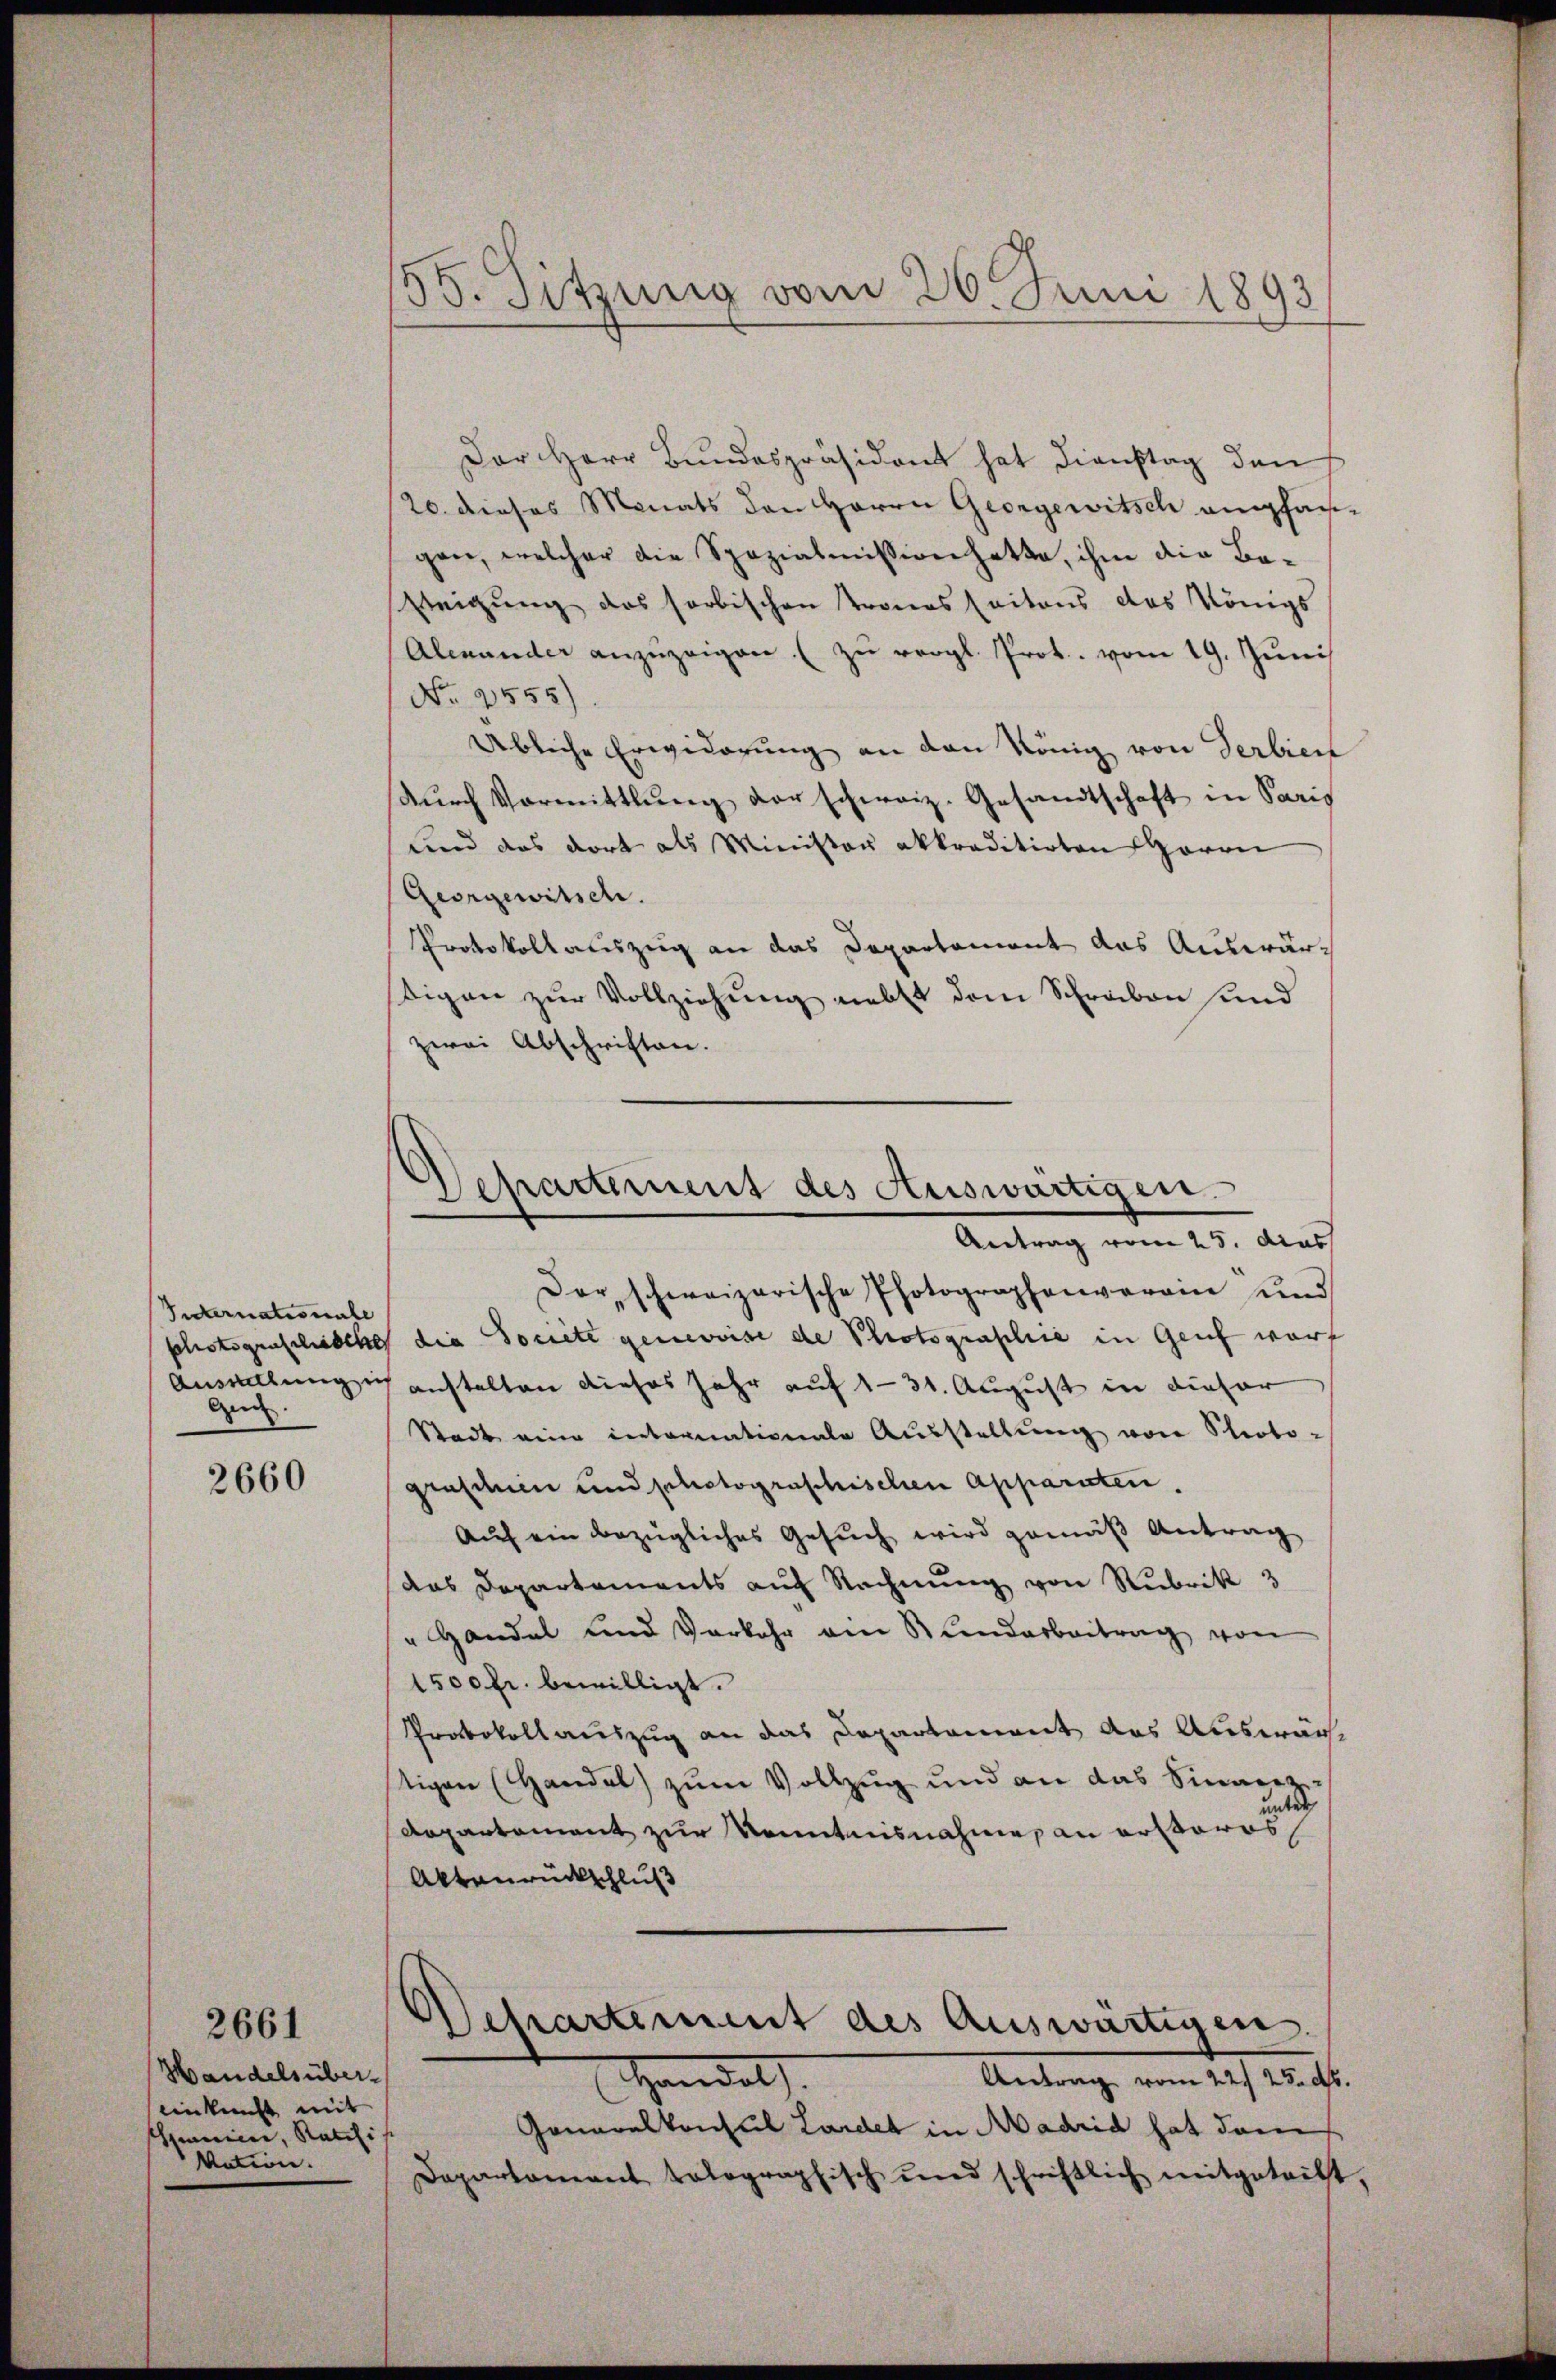
Internationale
Gen

2660

Handels übereinkunft mit
shunici, Ratifi
Mation.

2661

55. Sitzung vom 26. Juni 1893

Departement des Auswärtigen.
Antrag vom 25. das

Der Herr Bundespräsident hat dienstag den
20. dieses Monats den Herrn Georgewitsch empfangen, welcher die Spazialmission hatte, ihm die Basteigung des sorbischen Tronesseitens des Königs
Almander anzŭzeigen zŭ vergl. Prot. vom 19. Juni
No 2555)
Übliche Erwiderung an den König von Serbiert
dŭrch Vormittlung der schweiz. Gesandtschaft in Paris
und das dort als Minister akkraditirten Herrn
Georgewitsch.
Protokollauszug an das Departement das Auswärtigen zur Vollziehung nebst dem Schreiben sind
zwei Abschriften.
Dar, schweizerische Photographenverain und
photograschische die Societe genevoise de Photographie in Genf warf
Anstellung ich anstalten dieses Jahr auf 131. August in dieser
Stadt eine internationale Ausstellŭng von Proto-
graschen und photographischen Apparaten.
Auf ein bezügliches Gesuch wird gemäß Antrag
das Departements auf Rechnung von Rubrik 3
" Handel und Vorkehr ain Standarbeitrag von
1500 fr. bewilligt.
Protokollauszug an das Departement das Auswäche
tigen (Handel zum Vollzug und an das Sinners
t
Repartement zur Kenntnisnahme an erstoros
Aktenrückschluß
Achartement des Auswärtigen.
Antrag vom 22. 25. ds.
Handel
Generalkonsul Lardet in Madrid hat dam
Departamant talographisch und schriftlich mitgetritt,